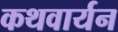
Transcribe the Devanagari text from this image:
कथवार्यन